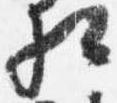
相